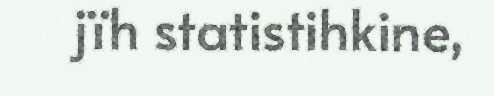
jïh statistihkine,